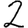
Digit: 2